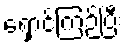
ရှောင်ကြဉ်ပြီး